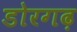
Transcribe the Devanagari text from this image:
डोरगढ़